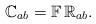
LaTeX: \begin{align*} \mathbb{C} _{ab} = \mathbb{F} \, \mathbb{R}_{ab} . \end{align*}